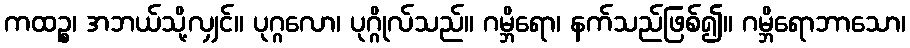
ကထဉ္စ၊ အဘယ်သို့လျှင်။ ပုဂ္ဂလော၊ ပုဂ္ဂိုလ်သည်။ ဂမ္ဘိရော၊ နက်သည်ဖြစ်၍။ ဂမ္ဘိရောဘာသော၊